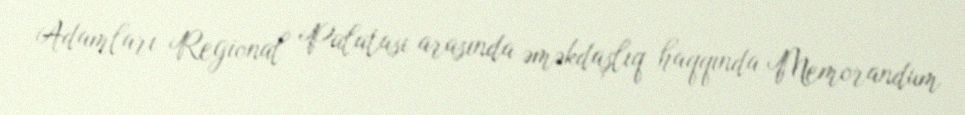
Adamları Regional Palatası arasında əməkdaşlıq haqqında Memorandum